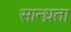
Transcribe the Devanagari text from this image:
सान्ध्रता